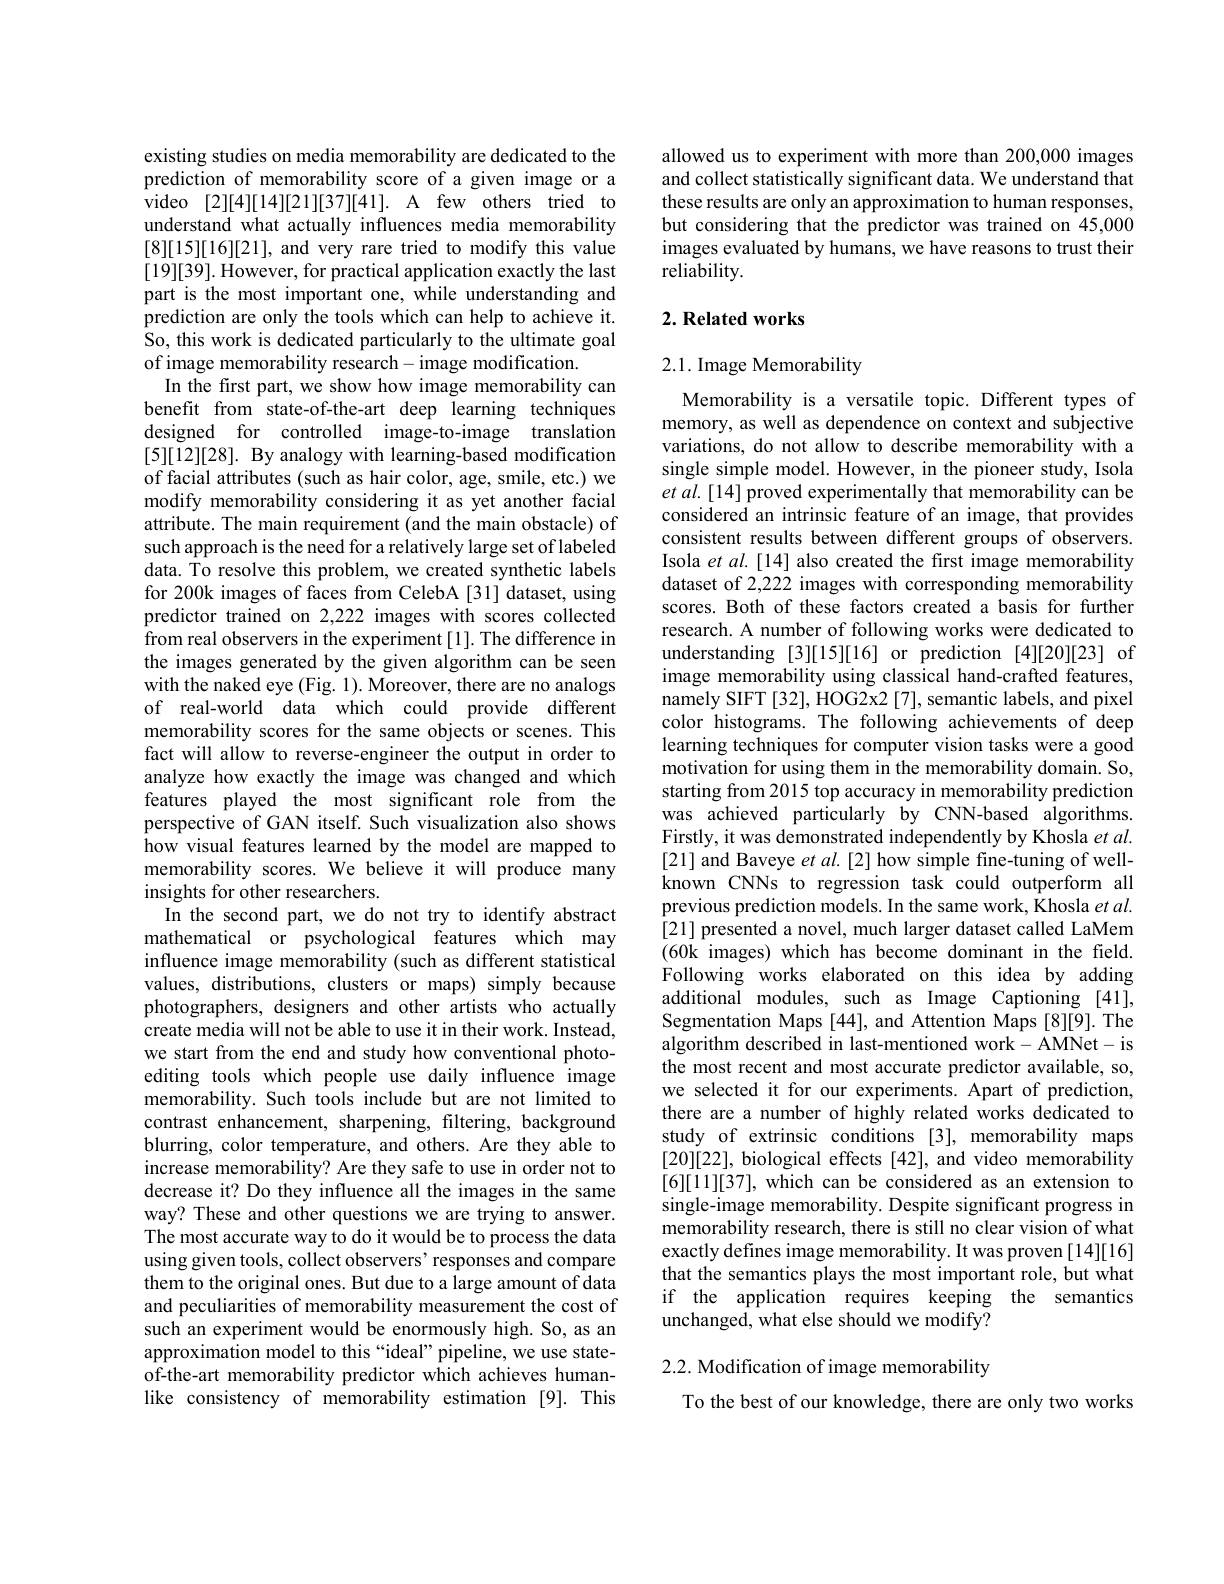
existing studies on media memorability are dedicated to the prediction of memorability score of a given image or a video [2][4][14][21][37][41]. A few others tried to understand what actually influences media memorability [8][15][16][21], and very rare tried to modify this value [19][39]. However, for practical application exactly the last part is the most important one, while understanding and prediction are only the tools which can help to achieve it. $\hat{\text{So, this work is dedicated particularly to the ultimate goal}}$ of image memorability research- image modification.
In the first part, we show how image memorability can benefit from state-of-the-art deep learning techniques designed for controlled image-to-image translation [5][12][28]. By analogy with learning-based modification of facial attributes (such as hair color, age, smile, etc.) we modify memorability considering it as yet another facial attribute. The main requirement (and the main obstacle) of such approach is the need for a relatively large set of labeled data. To resolve this problem, we created synthetic labels for 200k images of faces from CelebA [31] dataset, using predictor trained on 2,222 images with scores collected $\hat{\text{from real observers in the experiment[1]. The difference in}}$ the images generated by the given algorithm can be seen with the naked eye (Fig. 1). Moreover, there are no analogs of real-world data which could provide different memorability scores for the same objects or scenes. This fact will allow to reverse-engineer the output in order to analyze how exactly the image was changed and which features played the most significant role from the perspective of GAN itself. Such visualization also shows how visual features learned by the model are mapped to memorability scores. We believe it will produce many insights for other researchers.
In the second part, we do not try to identify abstract mathematical or psychological features which may influence image memorability (such as different statistical values, distributions, clusters or maps) simply because photographers, designers and other artists who actually create media will not be able to use it in their work. Instead, we start from the end and study how conventional photoediting tools which people use daily influence image memorability. Such tools include but are not limited to contrast enhancement, sharpening, filtering, background blurring, color temperature, and others. Are they able to increase memorability? Are they safe to use in order not to decrease it? Do they influence all the images in the same way? These and other questions we are trying to answer. The most accurate way to do it would be to process the data using given tools, collect observers' responses and compare them to the original ones. But due to a large amount of data and peculiarities of memorability measurement the cost of such an experiment would be enormously high. So, as an approximation model to this“ideal” pipeline, we use stateof-the-art memorability predictor which achieves humanlike consistency of memorability estimation [9]. This

allowed us to experiment with more than 200,000 images and collect statistically significant data. We understand that these results are only an approximation to human responses, but considering that the predictor was trained on 45,000 images evaluated by humans, we have reasons to trust their reliability.

### $2. \textbf{Related works}$

### 2.1. Image Memorability

Memorability is a versatile topic. Different types of memory, as well as dependence on context and subjective variations, do not allow to describe memorability with a single simple model. However, in the pioneer study, Isola et al. [14] proved experimentally that memorability can be considered an intrinsic feature of an image, that provides consistent results between different groups of observers. Isola et al.[14] also created the first image memorability dataset of 2,222 images with corresponding memorability scores. Both of these factors created a basis for further research. A number of following works were dedicated to understanding [3][15][16] or prediction [4][20][23] of image memorability using classical hand-crafted features, namely SIFT [32], HOG2x2 [7], semantic labels, and pixel color histograms. The following achievements of deep learning techniques for computer vision tasks were a good motivation for using them in the memorability domain. So, starting from 2015 top accuracy in memorability prediction was achieved particularly by CNN-based algorithms. Firstly, it was demonstrated independently by Khosla $et\textit{al. }$ [21] and Baveye $et$ al.[2] how simple fine-tuning of wellknown CNNs to regression task could outperform all previous prediction models. In the same work, Khosla $et\textit{al}.$ [21] presented a novel, much larger dataset called LaMem (60k images) which has become dominant in the field. Following works elaborated on this idea by adding additional modules, such as Image Captioning [41], Segmentation Maps [44], and Attention Maps [8][9]. The algorithm described in last-mentioned work- AMNet- is the most recent and most accurate predictor available, so, we selected it for our experiments. Apart of prediction, there are a number of highly related works dedicated to study of extrinsic conditions [3], memorability maps [20][22], biological effects [42], and video memorability [6][11][37], which can be considered as an extension to single-image memorability. Despite significant progress in memorability research, there is still no clear vision of what exactly defines image memorability. It was proven [14][16] that the semantics plays the most important role, but what if the application requires keeping the semantics unchanged, what else should we modify?

2.2. Modification of image memorability

To the best of our knowledge, there are only two works